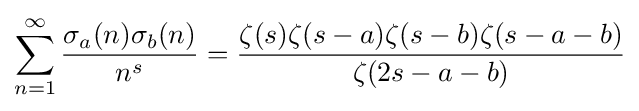
\sum _{n=1}^{\infty }{\frac {\sigma _{a}(n)\sigma _{b}(n)}{n^{s}}}={\frac {\zeta (s)\zeta (s-a)\zeta (s-b)\zeta (s-a-b)}{\zeta (2s-a-b)}}